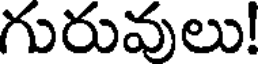
గురువులు!